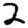
Digit: 2